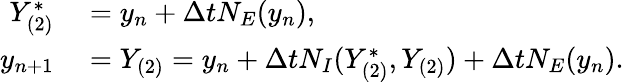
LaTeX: \begin{array}{rl}{Y_{(2)}^{*}}&{{}=y_{n}+\Delta tN_{E}(y_{n}),}\\ {y_{n+1}}&{{}=Y_{(2)}=y_{n}+\Delta tN_{I}(Y_{(2)}^{*},Y_{(2)})+\Delta tN_{E}(y_{n}).}\end{array}